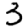
Digit: 3